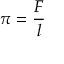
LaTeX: \pi = { \frac { F } { l } }